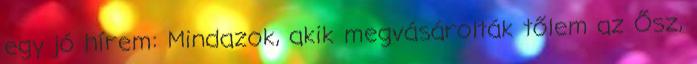
egy jó hírem: Mindazok, akik megvásárolták tőlem az Ősz,